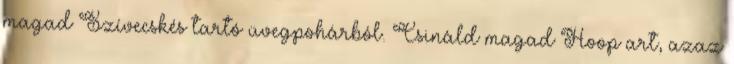
magad Szívecskés tartó üvegpohárból. Csináld magad Hoop art, azaz